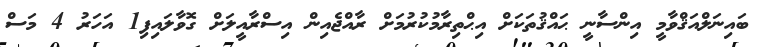
ބައިނަލްއަޤްވާމީ އިންސާނީ ޙައްޤުތަކަށް އިޙްތިރާމުކުރުމަށް ރާއްޖެއިން އިސްރާއީލަށް ގޮވާލައިފި1 އަހަރު 4 މަސް